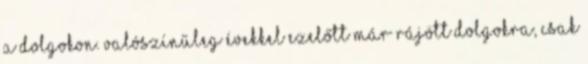
a dolgokon. Valószínűleg évekkel ezelőtt már rájött dolgokra, csak